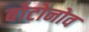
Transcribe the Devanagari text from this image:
बोटोनोव